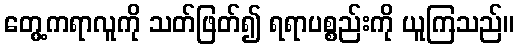
တွေ့ကရာလူကို သတ်ဖြတ်၍ ရရာပစ္စည်းကို ယူကြသည်။